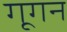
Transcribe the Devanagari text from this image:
गूगन